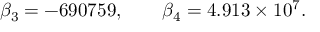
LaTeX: \beta _ { 3 } = - 6 9 0 7 5 9 , \qquad \beta _ { 4 } = 4 . 9 1 3 \times 1 0 ^ { 7 } .